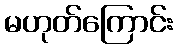
မဟုတ်ကြောင်း